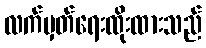
လက်မှတ်ရေးထိုးထားသည်